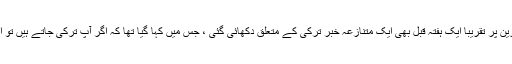
واضح رہے کہ آسٹریا کے اسی ائیرپورٹ پر لگی ایک سکرین پر تقریباً ایک ہفتہ قبل بھی ایک متنازعہ خبر ترکی کے متعلق دکھائی گئی ، جس میں کہا گیا تھا کہ اگر آپ ترکی جاتے ہیں تو اس کا مطلب ترک صدر رجب طیب اردوان کی حمایت ہے۔